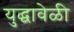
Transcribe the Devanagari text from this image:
युद्धावेळी